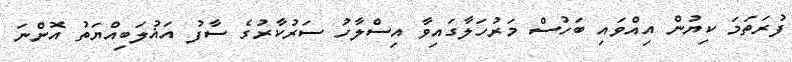
ފުރަތަމަ ކިޔުން އިއްވައި ބަހުސް މަރުހަލާގައިވާ އިސްލާހު ސަރުކާރުގެ ސާފު އަޣުލަބިއްޔަތު އޮންނަ